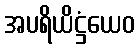
အပရိယိဋ္ဌံယေဝ